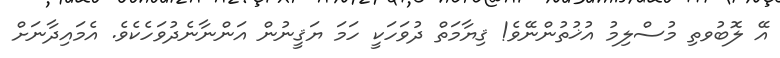
އޭ ލޮބުވތި މުސްލިމު އުޚުތުންނޭވެ! ޤިޔާމަތް ދުވަހަކީ ހަމަ ޔަޤީނުން އަންނާނެދުވަހެކެވެ. އެމައިދާނަށް